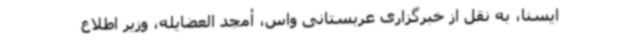
ایسنا، به نقل از خبرگزاری عربستانی واس، أمجد العضایله، وزیر اطلاع